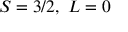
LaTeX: S = 3 / 2 , \ L = 0